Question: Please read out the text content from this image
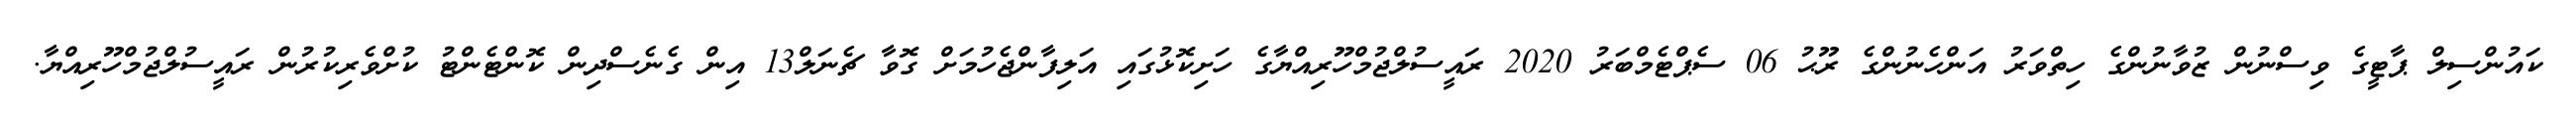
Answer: ކައުންސިލް ޕާޓީގެ ވިސްނުން ޒުވާނުންގެ ހިތްވަރު އަންހެނުންގެ ރޫޙު 06 ސެޕްޓެމްބަރު 2020 ރައީސުލްޖުމްހޫރިއްޔާގެ ހަށިކޮޅުގައި އަލިފާންޖެހުމަށް ގޮވާ ޗެނަލް13 އިން ގެނެސްދިން ކޮންޓެންޓު ކުށްވެރިކުރުން ރައީސުލްޖުމްހޫރިއްޔާ.